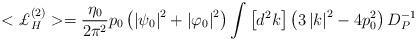
LaTeX: \begin{align*}<{\pounds}_H^{(2)}>=\frac{\eta _{0}}{ 2 \pi^2} p_{0}\left( \left|\psi _{0}\right| ^{2}+\left| \varphi _{0}\right| ^{2}\right) \int \left[ d^{2}k\right] \left( 3\left|k\right| ^{2}-4p_{0}^{2}\right) D_{P}^{-1}\end{align*}